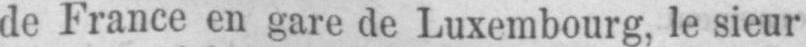
de France en gare de Luxembourg, le sieur